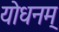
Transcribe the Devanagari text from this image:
योधनम्